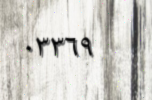
٠٣٣٦٩